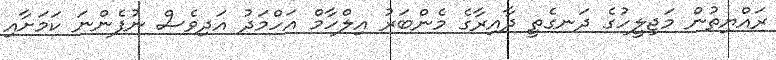
ރައްޔިތުން މަޖިލީހުގެ ދަނގެތީ ދާއިރާގެ މެންބަރު އިލްހާމް އަހްމަދު އަދިވެސް ނުފެންނަ ކަމަށާއި